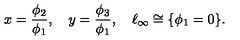
x = { \frac { \phi _ { 2 } } { \phi _ { 1 } } } , \quad y = { \frac { \phi _ { 3 } } { \phi _ { 1 } } } , \quad \ell _ { \infty } \cong \{ \phi _ { 1 } = 0 \} .